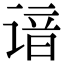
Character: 谙